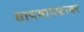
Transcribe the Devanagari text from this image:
तापमापकावर